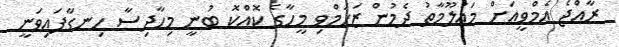
ރާއްޖެ އެމްވީއަށް މައުލޫމާތު ދެމުން ޒަހަމްވި މީހާގެ ކޮއްކޮ ބުނީ މިހާދިސާ ހިނގާފައިވަނީ